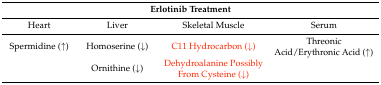
<table><thead><tr><td colspan="4"><b>Erlotinib Treatment</b></td></tr></thead><tbody><tr><td>Heart</td><td>Liver</td><td>Skeletal Muscle</td><td>Serum</td></tr><tr><td>Spermidine (↑)</td><td>Homoserine (↓)</td><td>C11 Hydrocarbon (↓)</td><td>Threonic Acid/Erythronic Acid (↑)</td></tr><tr><td></td><td>Ornithine (↓)</td><td>Dehydroalanine Possibly From Cysteine (↓)</td><td></td></tr></tbody></table>